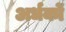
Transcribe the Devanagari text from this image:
अर्धकों